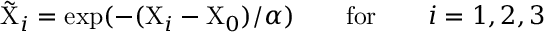
\tilde { \mathrm { X } } _ { i } = \mathrm { e x p } ( - ( \mathrm { X } _ { i } - \mathrm { X } _ { 0 } ) / \alpha ) \qquad \mathrm { f o r } \qquad i = 1 , 2 , 3